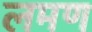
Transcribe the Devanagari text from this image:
लमण